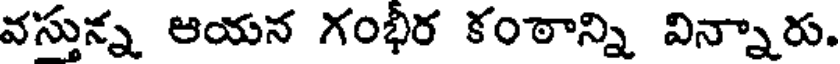
వస్తున్న ఆయన గంభీర కంఠాన్ని విన్నారు.